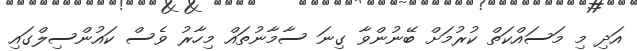
އަދި މި މަސައްކަތް ކުރުމަށް ބޭނުންވާ ގިނަ ސާމާނުތައް މިހާރު ވެސް ކައުންސިލްގައި